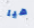
هيا